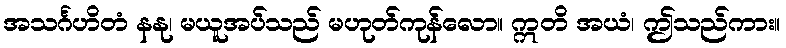
အသင်္ဂဟိတံ နနု၊ မယူအပ်သည် မဟုတ်ကုန်လော။ ဣတိ အယံ၊ ဤသည်ကား။